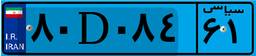
۷۸D۰۲۵۹۷